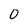
Character: 0